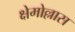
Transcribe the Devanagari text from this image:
क्षेमोल्लास